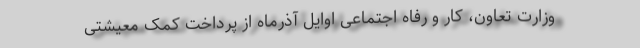
وزارت تعاون، کار و رفاه اجتماعی اوایل آذرماه از پرداخت کمک معیشتی